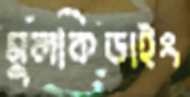
মুলকিডাইং